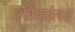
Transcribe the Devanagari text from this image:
स्पौंडाईलस